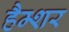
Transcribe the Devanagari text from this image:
हैम्शर